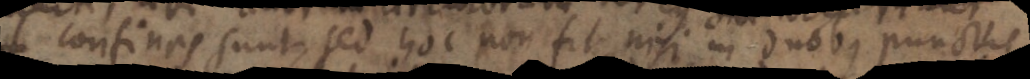
confinas sunt, sed hoc non sit nisi in duobus punctus,